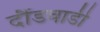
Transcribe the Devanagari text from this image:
दौंडवाडी